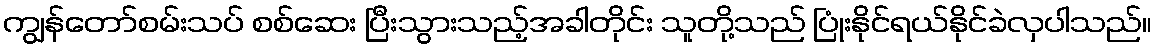
ကျွန်တော်စမ်းသပ် စစ်ဆေး ပြီးသွားသည့်အခါတိုင်း သူတို့သည် ပြုံးနိုင်ရယ်နိုင်ခဲလှပါသည်။